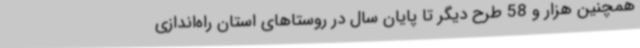
همچنین هزار و 58 طرح دیگر تا پایان سال در روستاهای استان راه‌اندازی